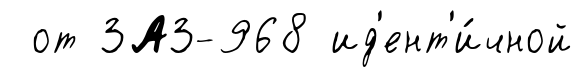
от ЗАЗ-968 ид'ент'и́чной